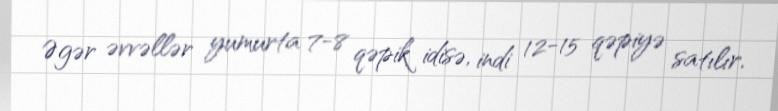
Əgər əvvəllər yumurta 7-8 qəpik idisə, indi 12-15 qəpiyə satılır.